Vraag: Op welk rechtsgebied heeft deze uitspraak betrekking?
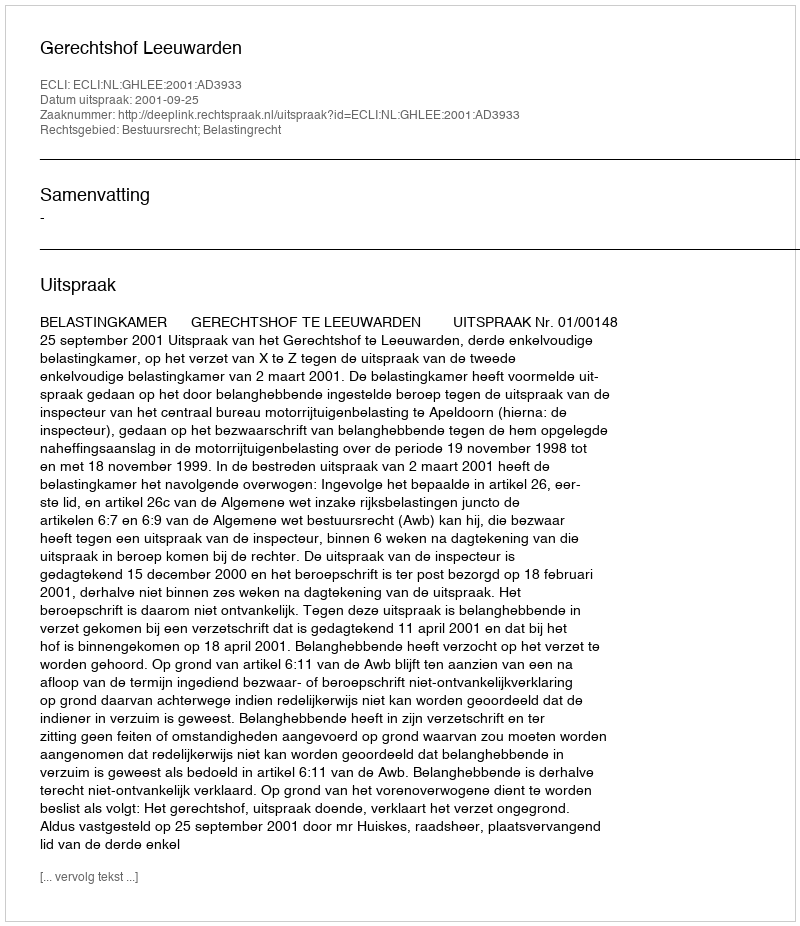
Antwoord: Bestuursrecht; Belastingrecht